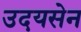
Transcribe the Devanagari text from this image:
उदयसेन